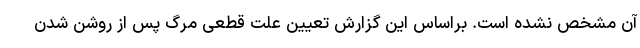
آن مشخص نشده است. براساس این گزارش تعیین علت قطعی مرگ پس از روشن شدن